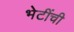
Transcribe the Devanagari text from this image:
भेटींची